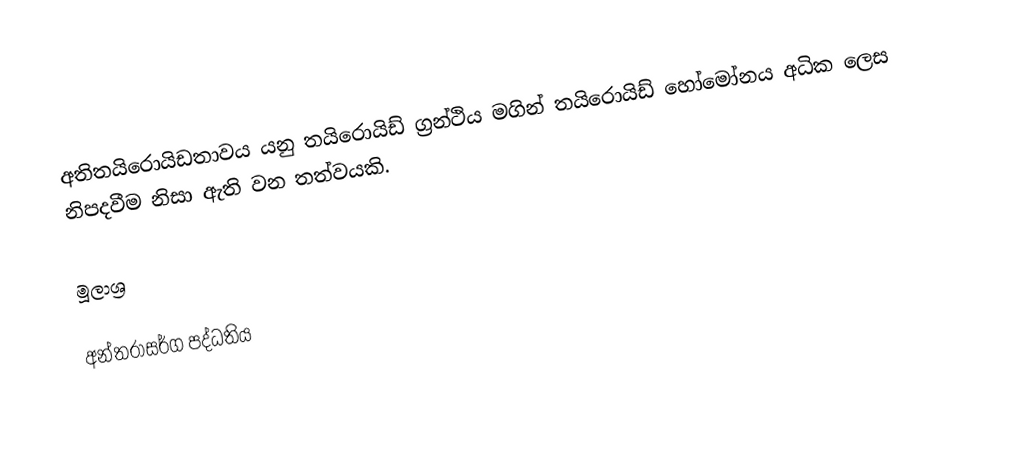
අතිතයිරොයිඩතාවය යනු තයිරොයිඩ් ග්‍රන්ථිය මගින් තයිරොයිඩ් හෝමෝනය අධික ලෙස නිපදවීම නිසා ඇති වන තත්වයකි.

මූලාශ්‍ර

අන්තරාසර්ග පද්ධතිය